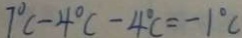
7 ^ { \circ } C - 4 ^ { \circ } C - 4 ^ { \circ } C = - 1 ^ { \circ } C